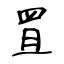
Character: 罝